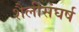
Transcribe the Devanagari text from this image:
शैलीसंघर्ष